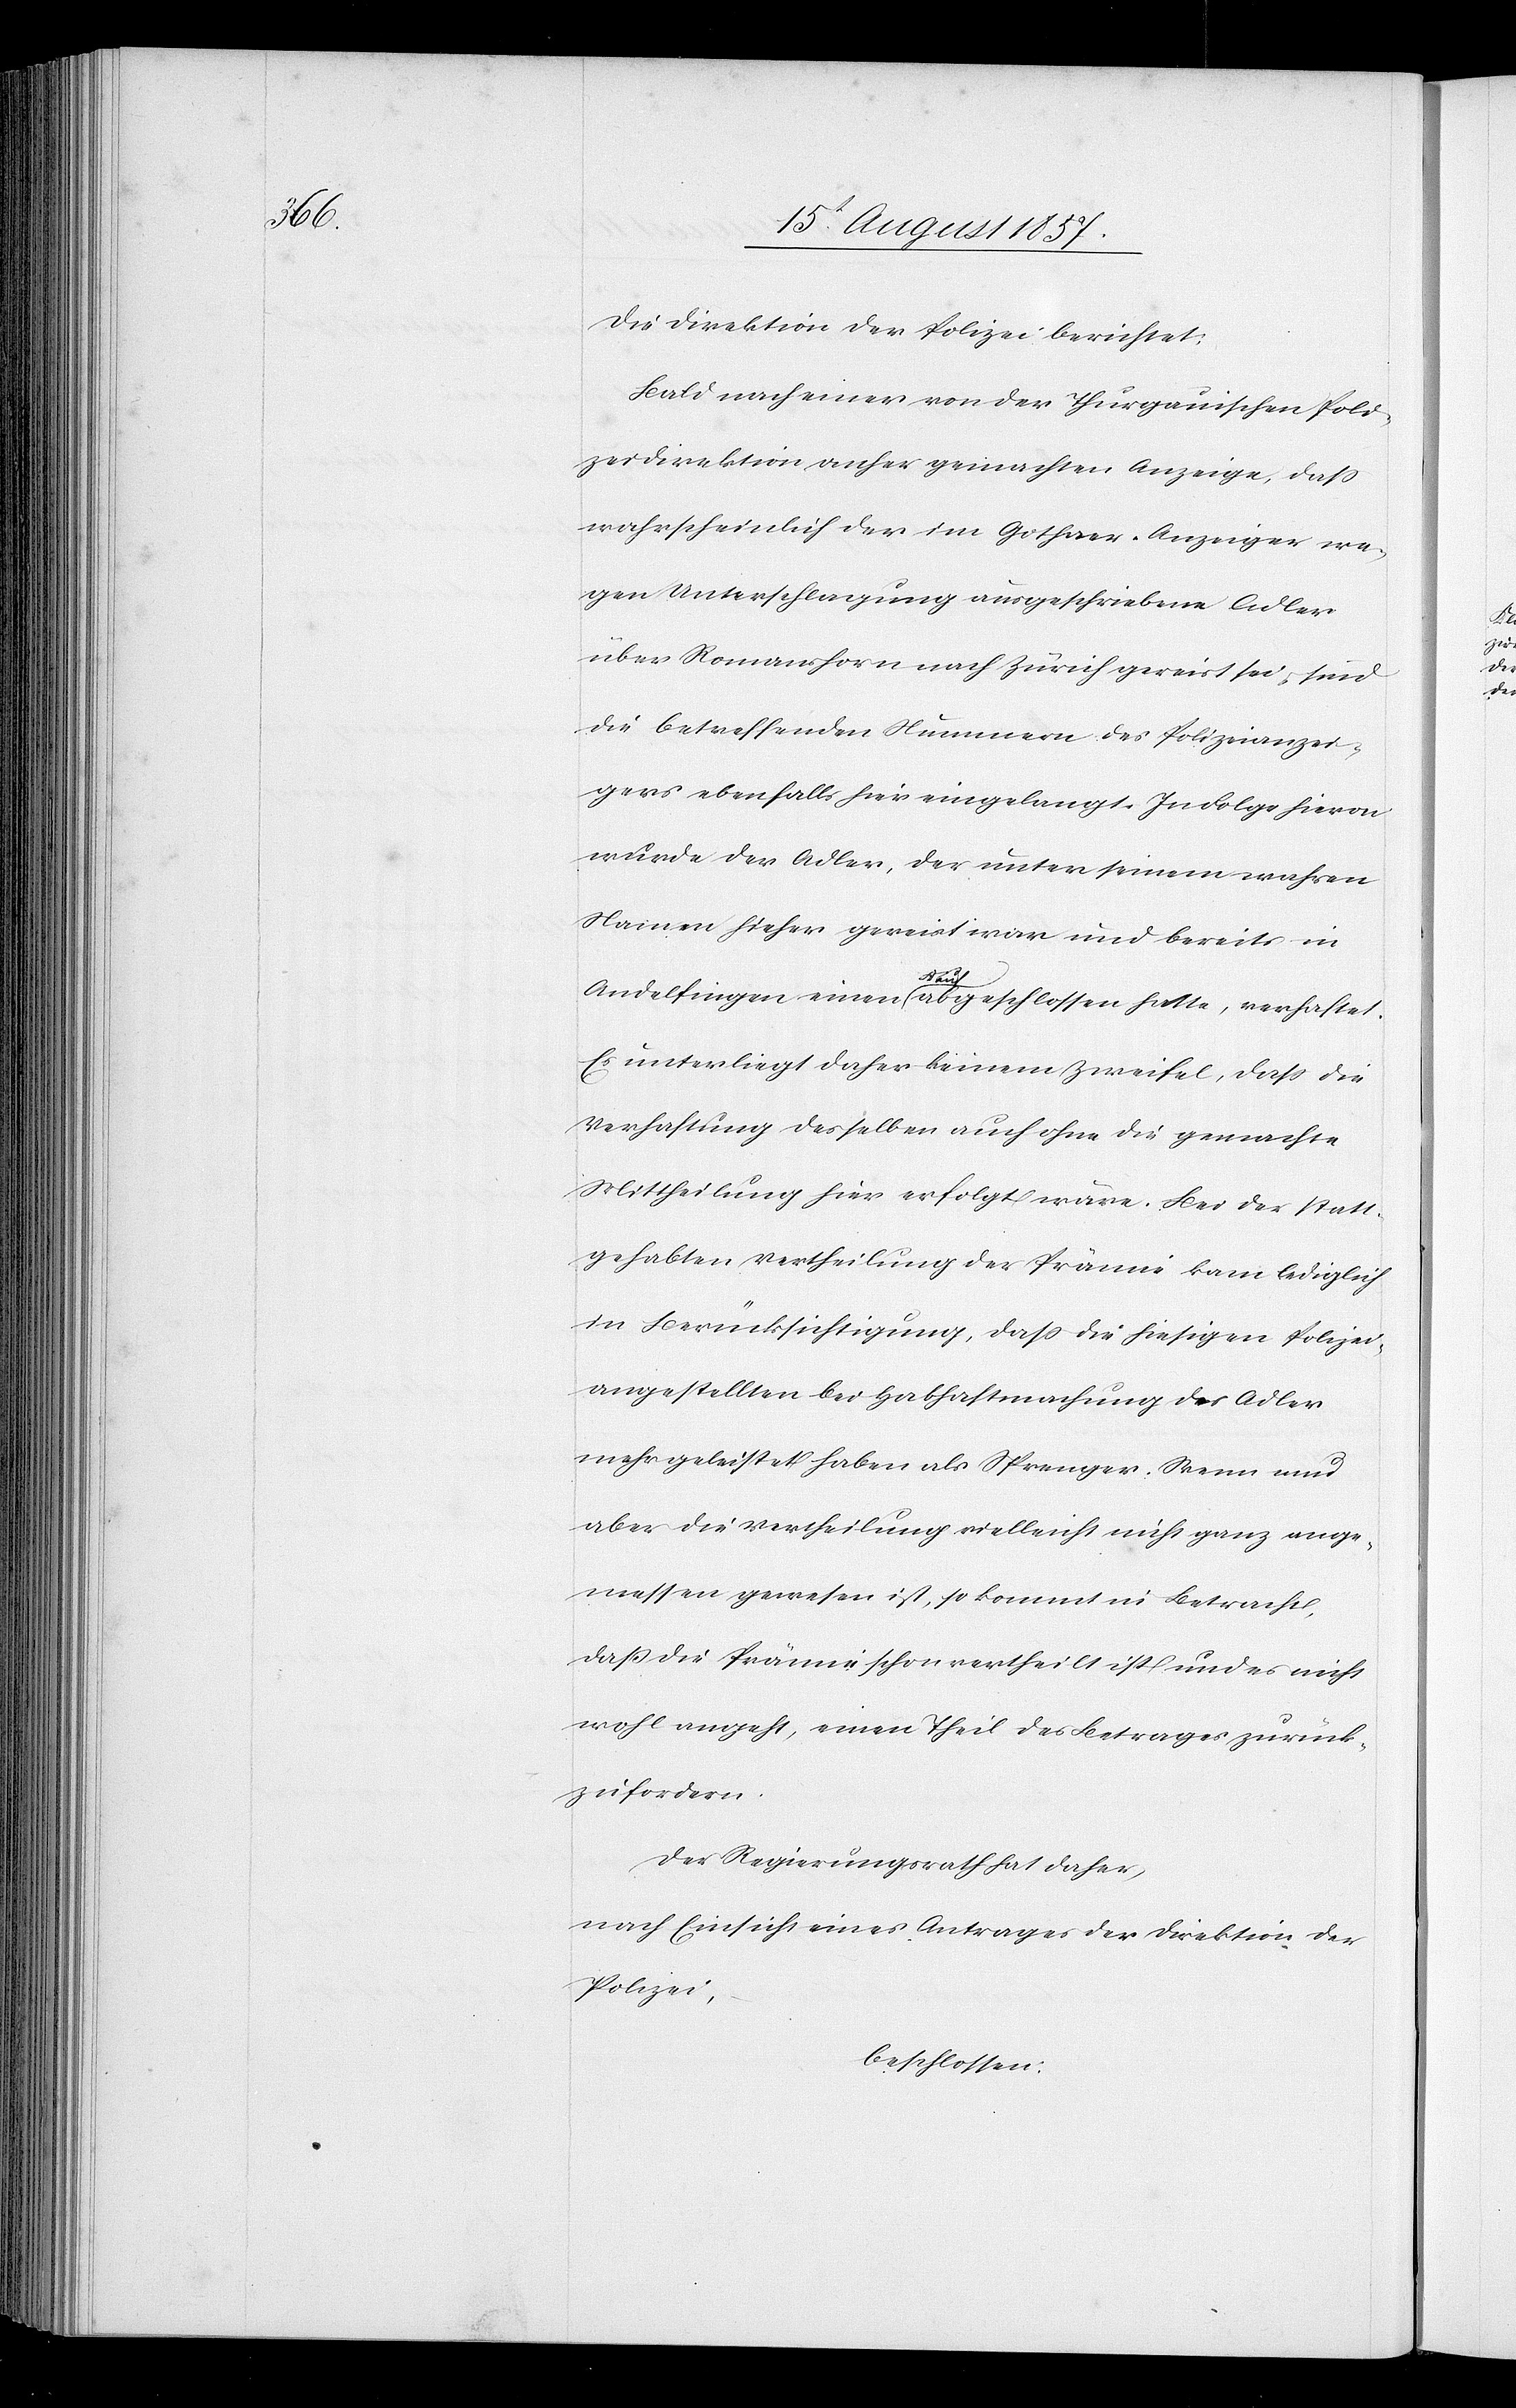
Die Direktion der Polizei berichtet:
Bald nach einer von der Thurgauischen Poli¬
zeidirektion anher gemachten Anzeige, daß
wahrscheinlich der im Gothaer-Anzeiger we¬
gen Unterschlagung ausgeschriebene Adler
über Romanshorn nach Zürich gereist sei, sind
die betreffenden Nummern des Polizeianzei¬
gers ebenfalls hier eingelangt. In Folge hievon
wurde der Adler, der unter seinem wahren
Namen hieher gereist war und bereits in
Andelfingen einen Kauf abgeschlossen hatte, verhaftet.
Es unterliegt daher keinem Zweifel, daß die
Verhaftung desselben auch ohne die gemachte
Mittheilung hier erfolgt wäre. Bei der statt¬
gehabten Vertheilung der Prämie kam lediglich
in Berücksichtigung, daß die hiesigen Polizei¬
angestellten bei Habhaftmachung des Adler
mehr geleistet haben als Sprenger. Wenn nun
aber die Vertheilung vielleicht nicht ganz ange¬
messen gewesen ist, so kommt in Betracht,
daß die Prämie schon vertheilt und es nicht
wohl angeht, einen Theil des Betrages zurück¬
zufordern.
Der Regierungsrath hat daher,
nach Einsicht eines Antrages der Direktion der
Polizei,
beschlossen: